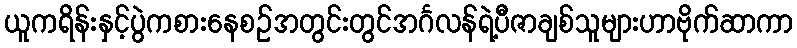
ယူကရိန်းနှင့်ပွဲကစားနေစဉ်အတွင်းတွင်အင်္ဂလန်ရဲ့ပီဇာချစ်သူများဟာဗိုက်ဆာကာ